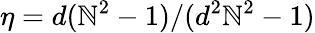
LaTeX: \eta={d(\mathbb{N}^{2}-1)}/{(d^{2}\mathbb{N}^{2}-1)}